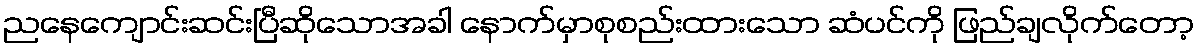
ညနေကျောင်းဆင်းပြီဆိုသောအခါ နောက်မှာစုစည်းထားသော ဆံပင်ကို ဖြည်ချလိုက်တော့